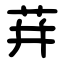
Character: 荓